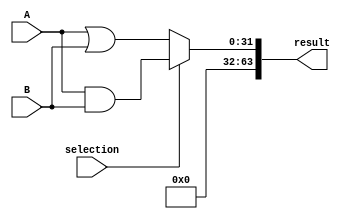
module and_or #(parameter DATA_WIDTH = 32)(
    input wire [DATA_WIDTH-1:0] A, B, 
    input wire selection, 
    output wire [(2*DATA_WIDTH)-1:0] result
);

    // Assign lower DATA_WIDTH bits of result based on selection
    assign result[DATA_WIDTH-1:0] = (selection == 1) ? A & B : A | B;
    // Zero out the upper DATA_WIDTH bits of result
    assign result[(2*DATA_WIDTH)-1:DATA_WIDTH] = 0;

endmodule